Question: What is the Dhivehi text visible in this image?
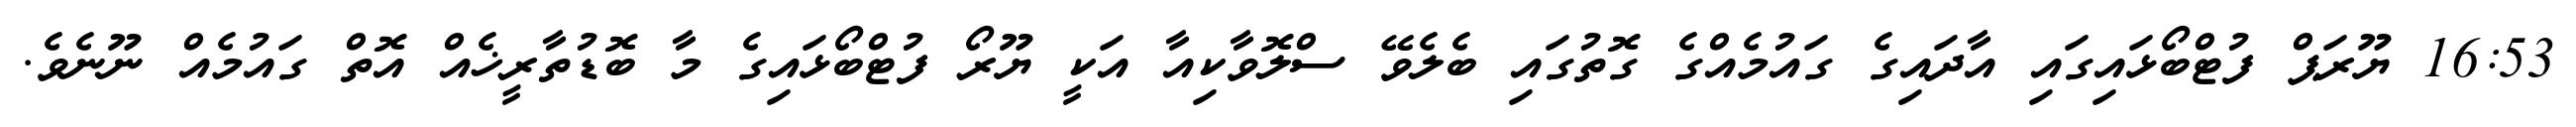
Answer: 16:53 ޔޫރަޕް ފުޓްބޯޅައިގައި އާދައިގެ ގައުމެއްގެ ގޮތުގައި ބެލެވޭ ސްލޮވާކިއާ އަކީ ޔޫރޯ ފުޓްބޯޅައިގެ މާ ބޮޑުތާރީޚެއް އޮތް ގައުމެއް ނޫނެވެ.